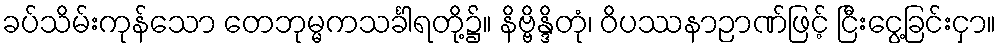
ခပ်သိမ်းကုန်သော တေဘုမ္မကသင်္ခါရတို့၌။ နိဗ္ဗိန္ဒိတုံ၊ ဝိပဿနာဉာဏ်ဖြင့် ငြီးငွေ့ခြင်းငှာ။